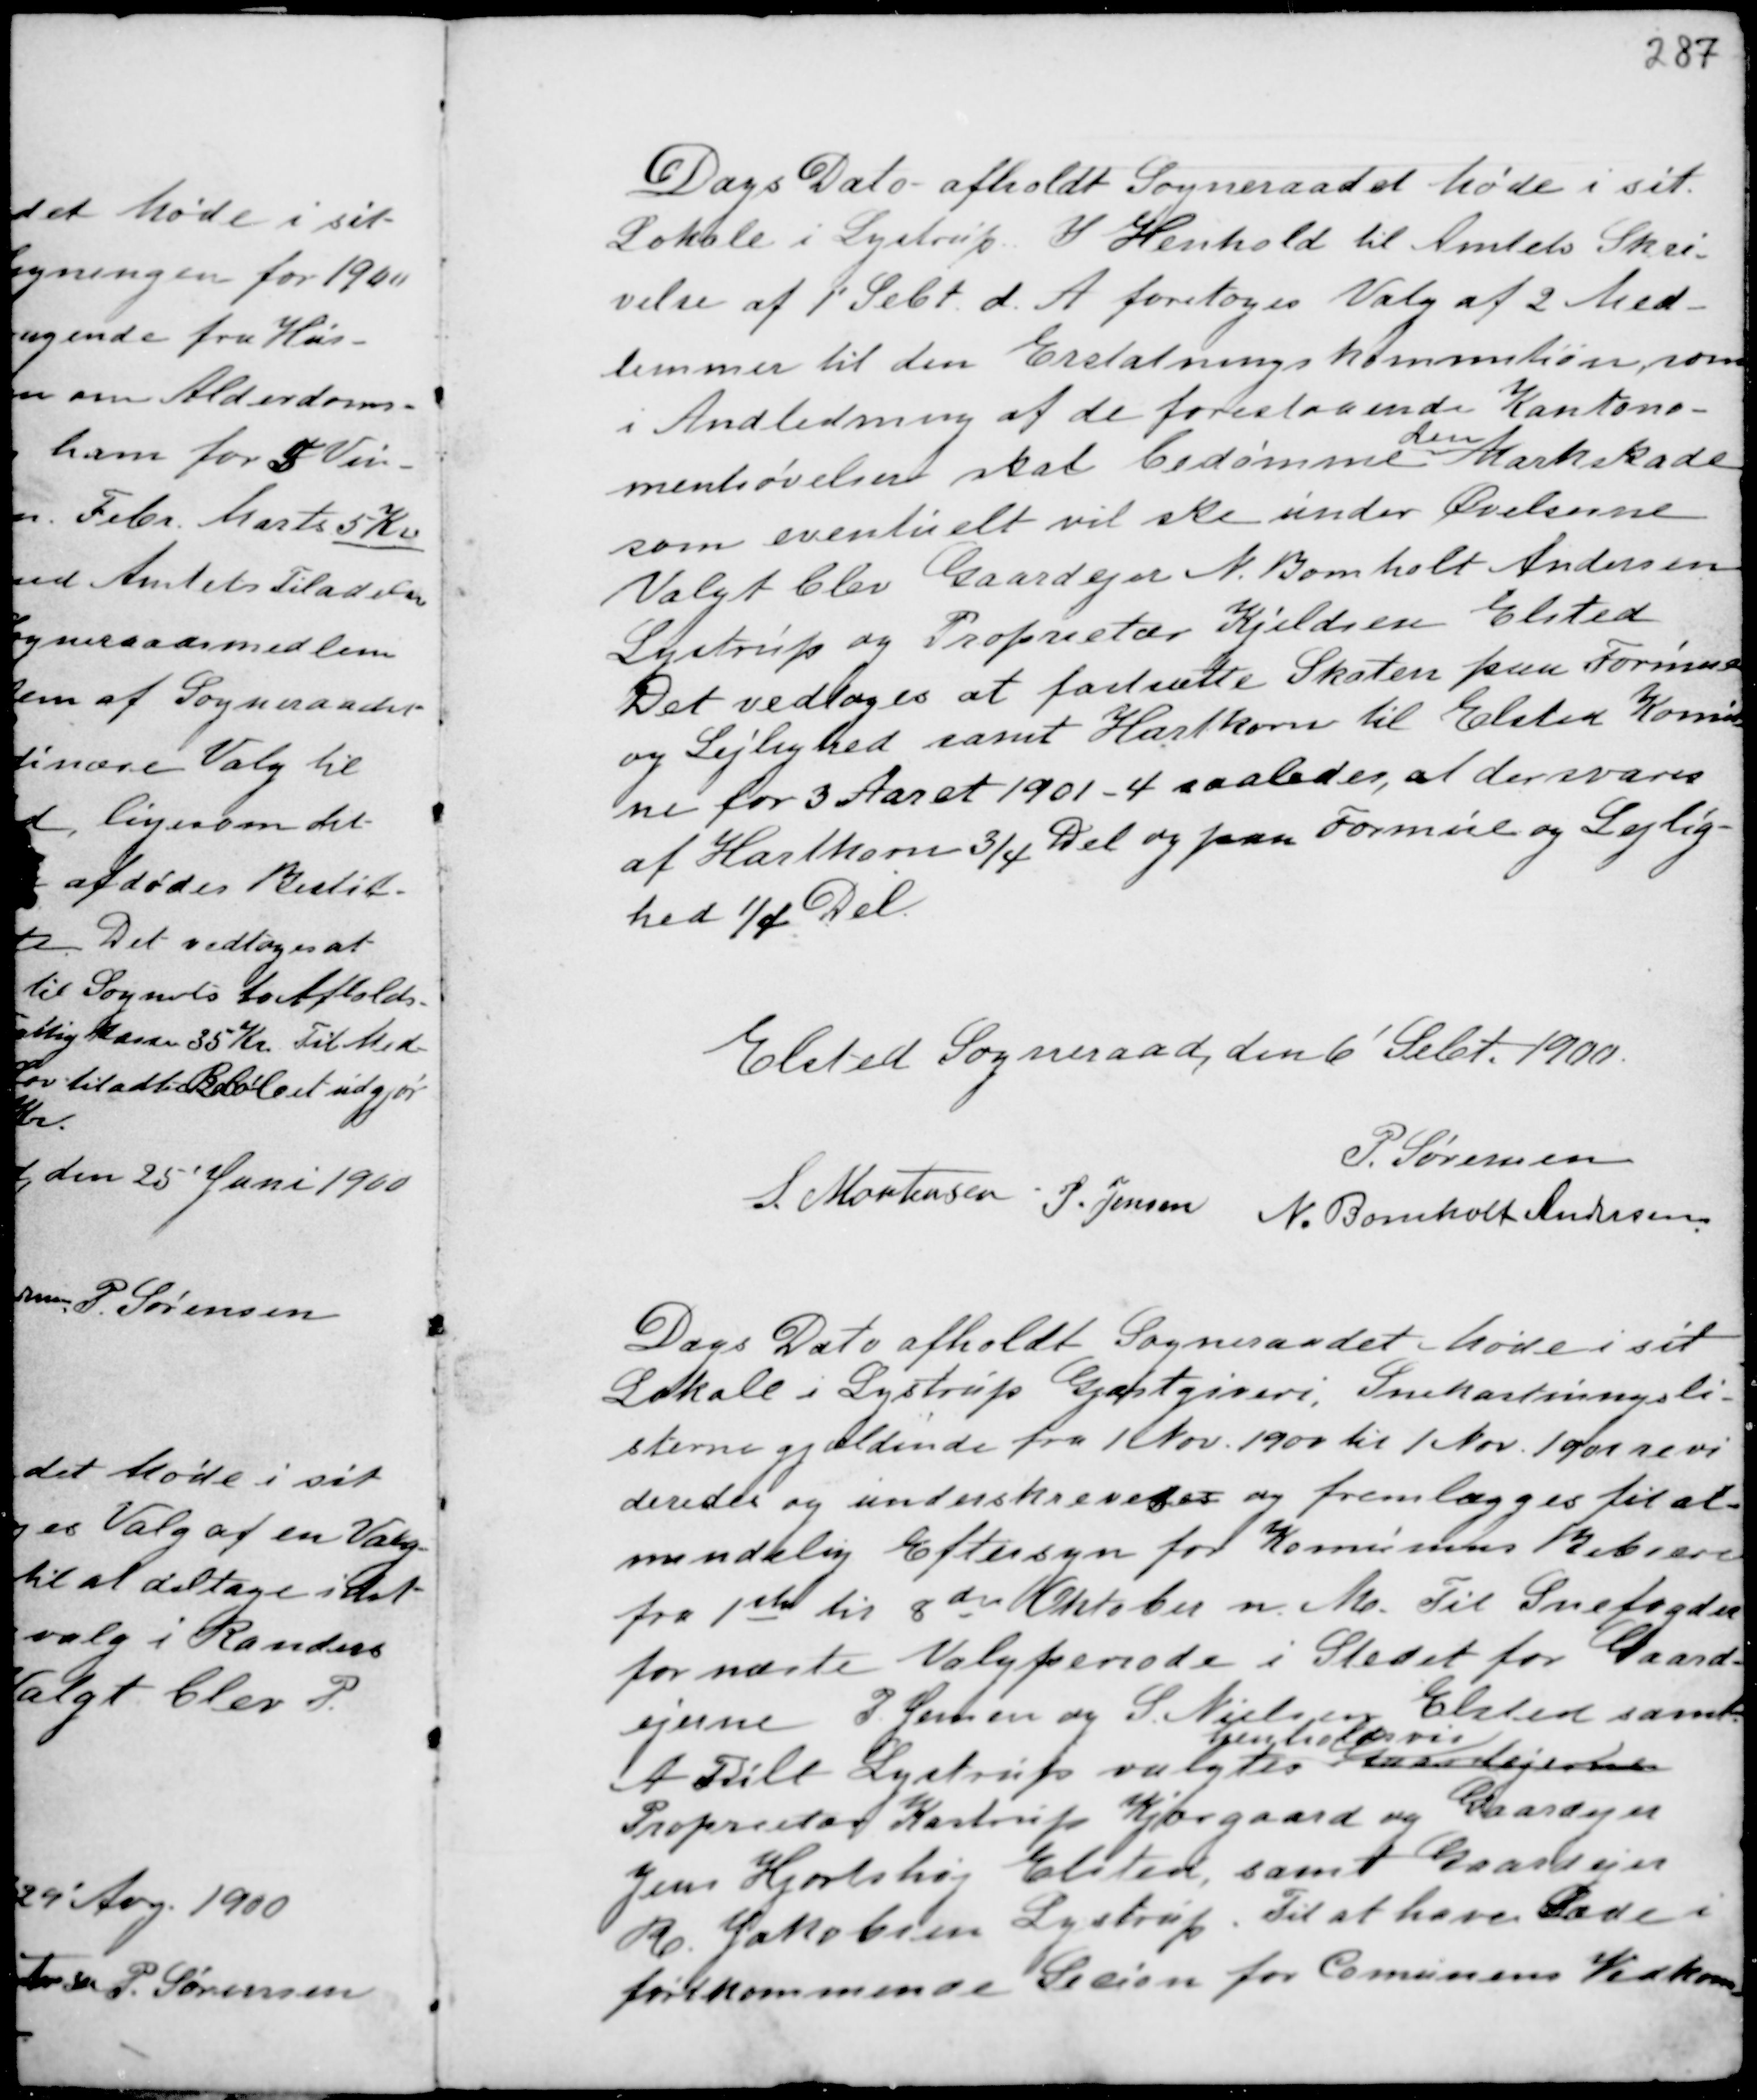
Transskription:
Dags Dato afholdt Sogneraadet Møde i sit
Lokale i Lystrup. I Henhold til Amtets Skri-
velse af 1' Sebt d.A. foretoges Valg af 2 Med-
lemmer til den Erstatningskommition, som
i Anledning af de forestaaende Kantone-
mentsøvelser skal bedømme
den
Markskade
som eventuelt vil ske under Øvelserne
Valgt blev Gaardejer N. Bomholt Andersen
Lystrup og Proprietær Kjeldsen Elsted
Det vedtoges at fastsætte Skaten paa Formue
og Lejlighed samt Hartkorn til Elsted Komu-
ne for 3 Aaret 1901 - 4 saaledes, at der svares
af Hartkorn ¾ Del og paa Formue og Lejlig-
hed ¼ Del.

Elsted Sogneraad, den 6' Sebt. 1900.
P. Sørensen
S. Mortensen P. Jensen N. Bomholt Andersen

Dags Dato afholdt Sogneraadet Møde i sit
Lokale i Lystrup Gjæstgiveri. Snekastningsli-
sterne gjældende fra 1 Nov. 1900 til 1 Nov. 1901 revi
deres og underskrevedes og fremlægges til al-
mindelig Eftersyn for Komunens Beboere
fra 1ste til 8de Oktober n.M. Til Snefogeder
for næste Valgperiode i Stedet for Gaard-
ejerne P. Jensen og S. Nielsen
Elsted samt
A Filt Lystrup valgtes
henholdsvis
Gaardejerne
Proprietær Kastrup Kjærgaard og Gaardejer
Jens Hjortshøj Elsted, samt Gaardejer
R. Jakobsen Lystrup. Til at have Sæde i
førstkommende Secion for Comunens Vedkom-